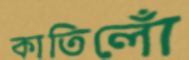
কাতিলোঁ